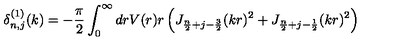
\delta _ { n , j } ^ { ( 1 ) } ( k ) = - \frac { \pi } { 2 } \int _ { 0 } ^ { \infty } d r V ( r ) r \left( J _ { \frac { n } { 2 } + j - \frac { 3 } { 2 } } ( k r ) ^ { 2 } + J _ { \frac { n } { 2 } + j - \frac { 1 } { 2 } } ( k r ) ^ { 2 } \right)